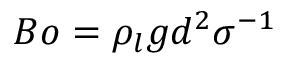
B o = \rho _ { l } g d ^ { 2 } \sigma ^ { - 1 }